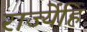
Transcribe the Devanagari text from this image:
राज्येंहि